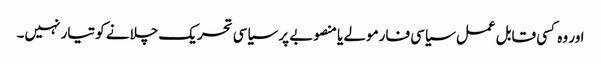
اور وہ کسی قابل عمل سیاسی فارمولے یا منصوبے پر سیاسی تحریک چلانے کو تیار نہیں۔